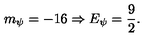
m _ { \psi } = - 1 6 \Rightarrow E _ { \psi } = \frac 9 2 .